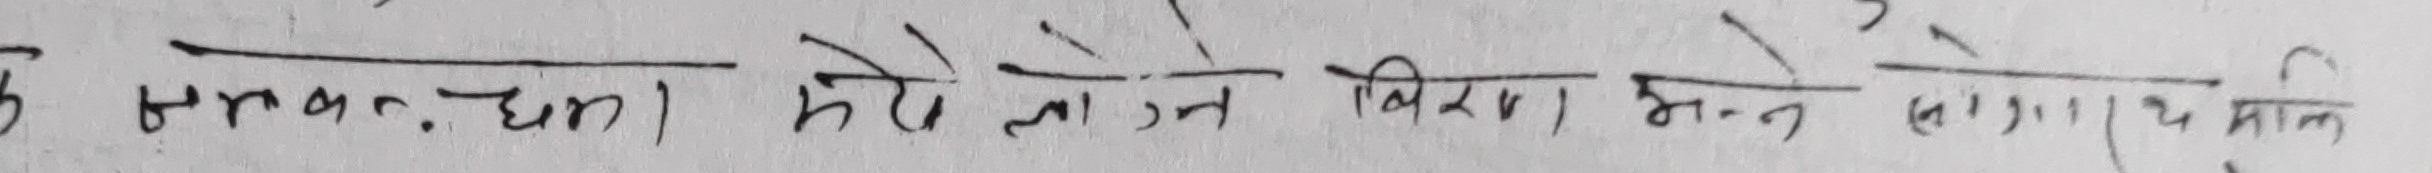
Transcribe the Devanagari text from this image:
उ समन्धमा मेरो खोज्ने विषय । भन्ने (लाग्ने) भए पनि